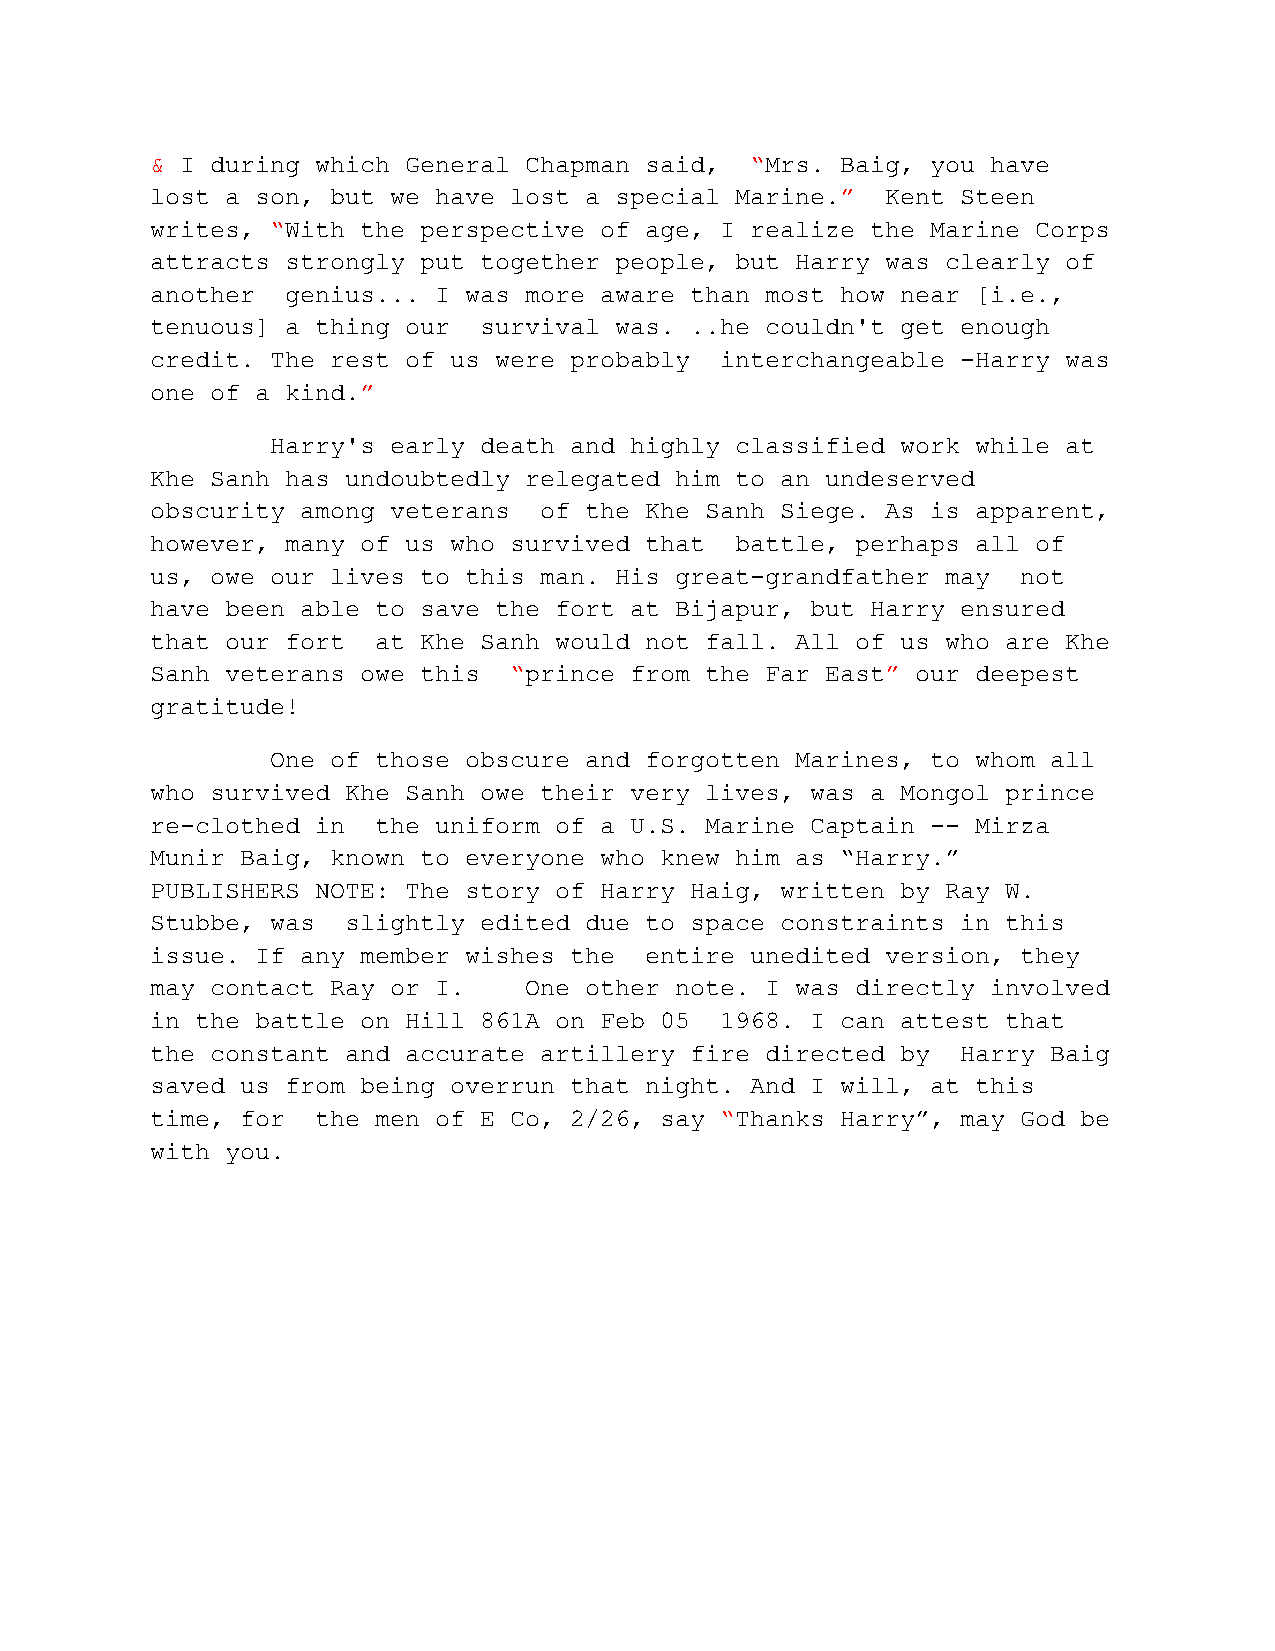
& I during which General Chapman said,  “Mrs. Baig, you have
 lost a son, but we have lost a special Marine.”  Kent Steen
 writes, “With the perspective of age, I realize the Marine Corps
 attracts strongly put together people, but Harry was clearly of
 another  genius... I was more aware than most how near [i.e.,
 tenuous] a thing our  survival was. ..he couldn't get enough
 credit. The rest of us were probably  interchangeable -Harry was
 one of a kind.”
 Harry's early death and highly classified work while at
 Khe Sanh has undoubtedly relegated him to an undeserved
 obscurity among veterans  of the Khe Sanh Siege. As is apparent,
 however, many of us who survived that  battle, perhaps all of
 us, owe our lives to this man. His great-grandfather may  not
 have been able to save the fort at Bijapur, but Harry ensured
 that our fort  at Khe Sanh would not fall. All of us who are Khe
 Sanh veterans owe this  “prince from the Far East” our deepest
 gratitude!
 One of those obscure and forgotten Marines, to whom all
 who survived Khe Sanh owe their very lives, was a Mongol prince
 re-clothed in  the uniform of a U.S. Marine Captain -- Mirza
 Munir Baig, known to everyone who knew him as “Harry.”
 PUBLISHERS NOTE: The story of Harry Haig, written by Ray W.
 Stubbe, was  slightly edited due to space constraints in this
 issue. If any member wishes the  entire unedited version, they
 may contact Ray or I.    One other note. I was directly involved
 in the battle on Hill 861A on Feb 05  1968. I can attest that
 the constant and accurate artillery fire directed by  Harry Baig
 saved us from being overrun that night. And I will, at this
 time, for  the men of E Co, 2/26, say “Thanks Harry”, may God be
 with you.